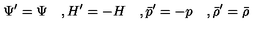
\Psi ^ { \prime } = \Psi \quad , H ^ { \prime } = - H \quad , { \bar { p } ^ { \prime } } = - p \quad , { \bar { \rho } ^ { \prime } } = { \bar { \rho } }